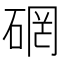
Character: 䃃